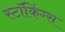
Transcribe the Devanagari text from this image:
स्टॉकिंग्स